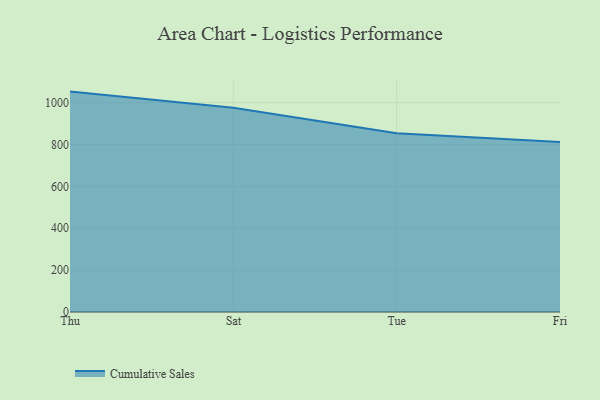
{"axis": {"x": "Day", "y": "Headcount"}, "legend": ["Cumulative Sales"], "data": [{"x": "Thu", "y": 1052.9, "type": "Cumulative Sales"}, {"x": "Sat", "y": 975.9, "type": "Cumulative Sales"}, {"x": "Tue", "y": 854.2, "type": "Cumulative Sales"}, {"x": "Fri", "y": 812.5, "type": "Cumulative Sales"}]}